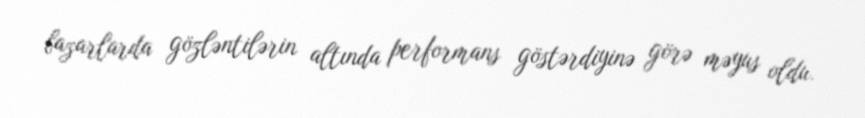
bazarlarda gözləntilərin altında performans göstərdiyinə görə məyus oldu.